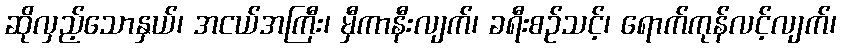
ဆိုလှည့်သောနှယ်၊ အငယ်အကြီး၊ မှီကာနီးလျက်၊ ခရီးစဉ်သင့်၊ ရောက်ကုန်လင့်လျက်၊